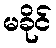
မခိုင်